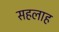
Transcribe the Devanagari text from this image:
सहलाह